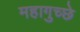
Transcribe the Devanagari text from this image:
महागुच्छे